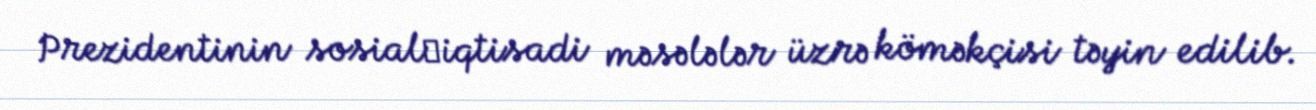
Prezidentinin sosial‑iqtisadi məsələlər üzrə köməkçisi təyin edilib.